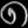
Digit: ၈